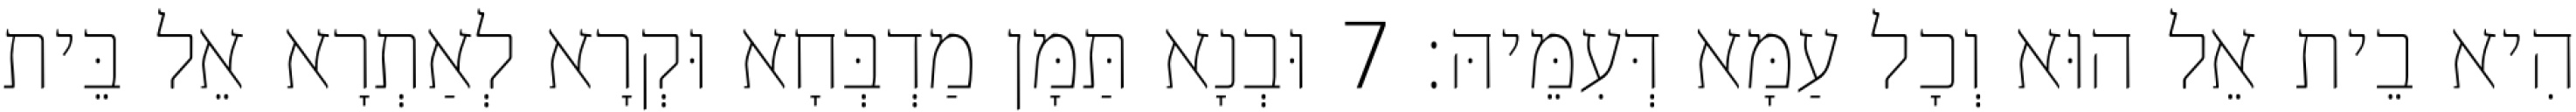
הִיא בֵית אֵל הוּא וְכָל עַמָּא דְּעִמֵּיהּ׃ 7 וּבְנָא תַּמָּן מַדְבְּחָא וּקְרָא לְאַתְרָא אֵל בֵּית